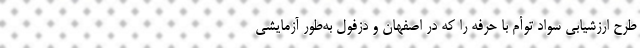
طرح ارزشیابی سواد توأم با حرفه را که در اصفهان و دزفول به‌طور آزمایشی